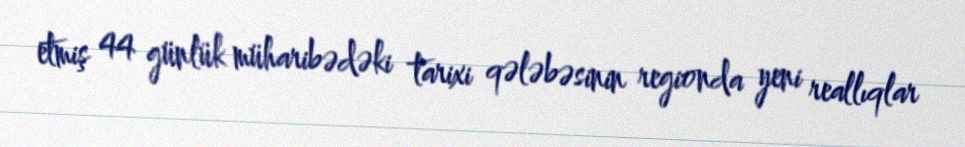
etmiş 44 günlük müharibədəki tarixi qələbəsinin regionda yeni reallıqlar